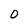
Character: 0